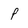
Character: P